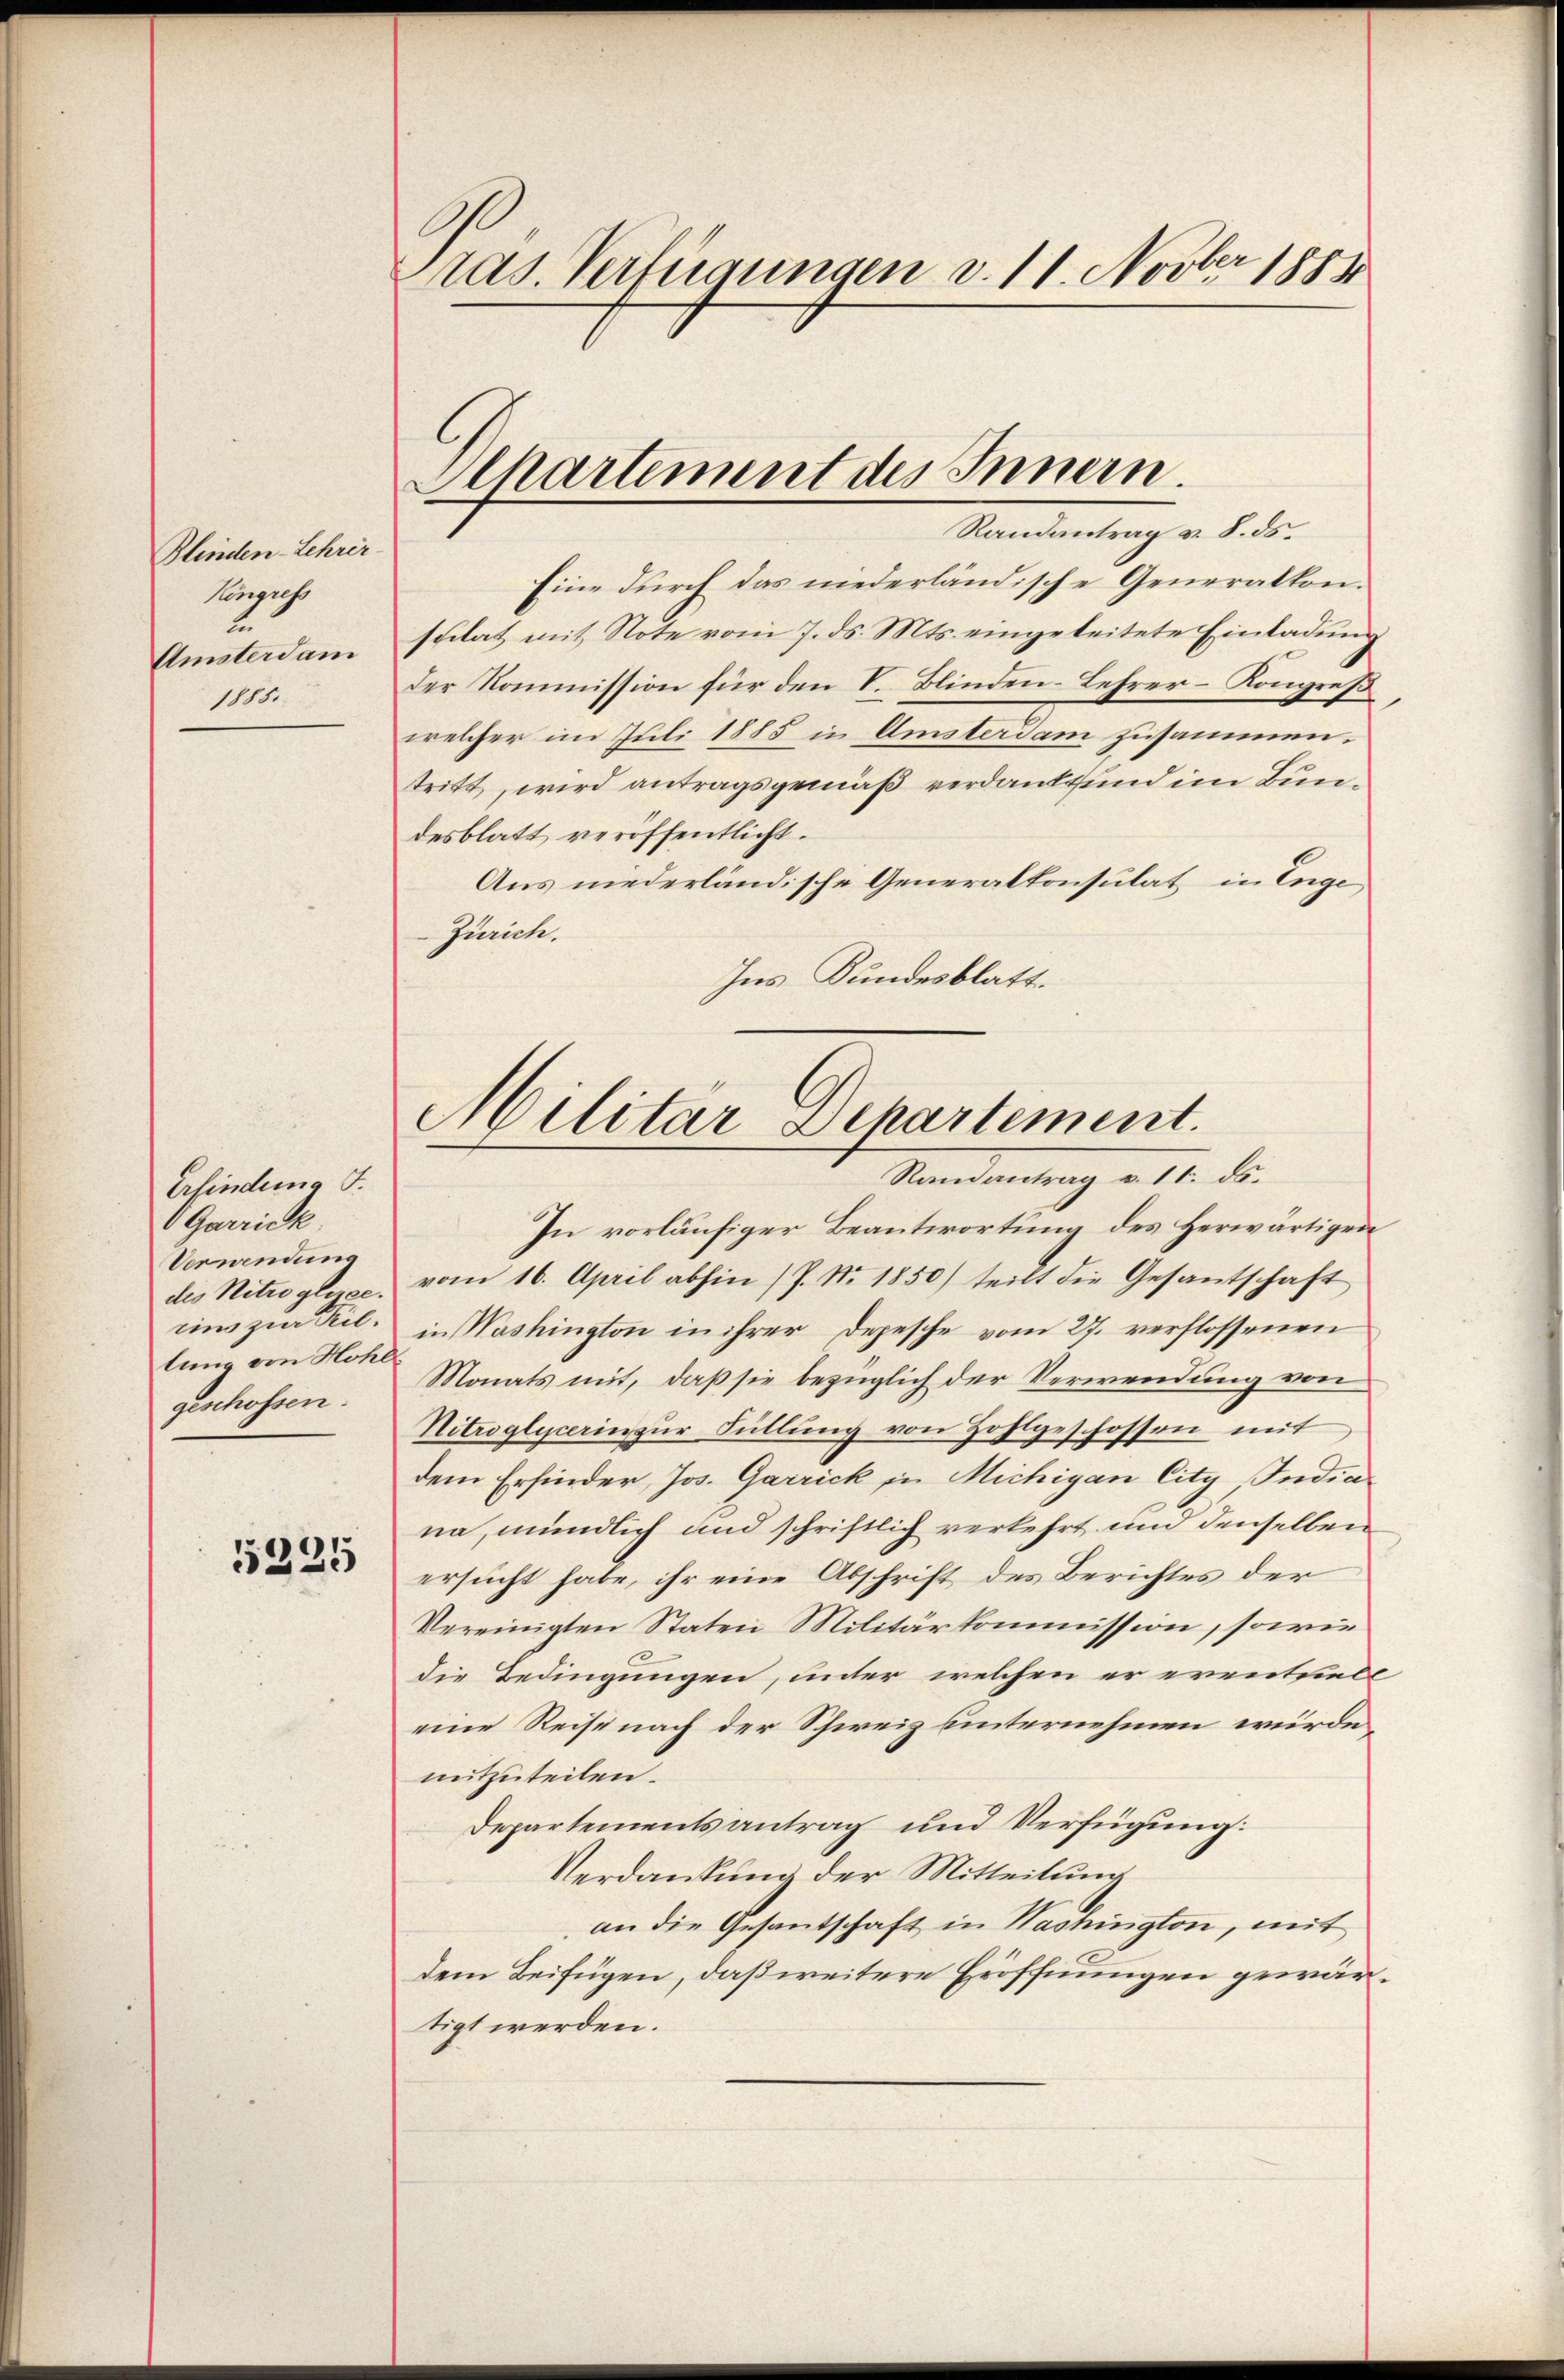
Plinden-Lehrer
Kingress
L.
Amsterdam
1115.

Erfindung S.
Garrick
Verwendung
lung von Hohl
geschossen.

5225

ras. Verfügungen v. 11. Novber 1881

Ochartement des Innern.
Randantrag v. 8. ds.

Eine durch das niederländische Generalton.
scilat mit Note vom 7. ds. Mts. eingeleitete Einladung
der Kommission für den V. Blinden-Lehrer- Kongreß
welcher im Juli 1885 in Amsterdam zusammen.
tritt, wird antragsgemäß verdankt und im Bundesblatt veröffentlicht.
Aus niederländische Generalkonsulat in Enge,
Zürich.
Ins Bundesblatt.

Militar Departement.
Randantrag v. 11. ds.

In vorläufiger Beantwortung des Herwärtigen
des Nitroglyec. vom 16. April abhin /J. No. 1850) teilt die Gesantschaft
eins zur sel. in Washington in ihrer Depesche vom 27. verflossenen
Monats mit, daß sie bezüglich der Verwendung von
Nitroglycerin zur Füllung von Zohlgeschossen mit
dem Erfinder, Jos. Garrick in Michigan City Indiana, mündlich und schriftlich verkehrt und denselben
ersucht habe, ihr eine Abschrift des Berichtes der
Vereinigten Staten Militärkommission, sowie
die Bedingungen, unter welchen er erentstell
eine Reise nach der Schweiz unternehmen wirde
mitzuteilen.
Departementsantrag und Verfügung:
Verdankung der Mitteilung
an die Gesantschaft in Washington, mit
dem Beifügen, daß weitere Eröffnungen gewärtigt werden.